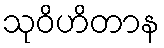
သုဝိဟိတာန